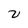
Character: V